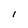
Character: l